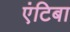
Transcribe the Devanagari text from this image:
एंटिबा